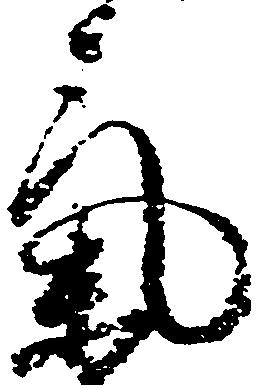
気